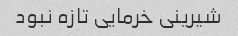
شیرینی خرمایی تازه نبود